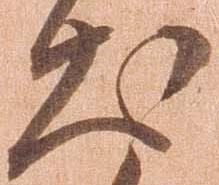
出